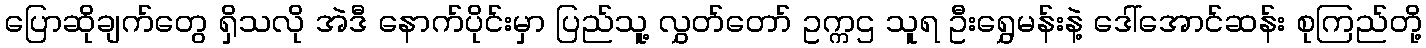
ပြောဆိုချက်တွေ ရှိသလို အဲဒီ နောက်ပိုင်းမှာ ပြည်သူ့ လွှတ်တော် ဥက္ကဌ သူရ ဦးရွှေမန်းနဲ့ ဒေါ်အောင်ဆန်း စုကြည်တို့